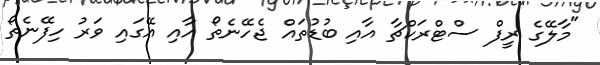
"މާލޭގެ ރީފް ސްޓްރަކްޗާ އާއި ބުޑުތައް ޖެހޭނެތޯ އާއި އޭގައި ވަރު ހިފޭނެތޯ